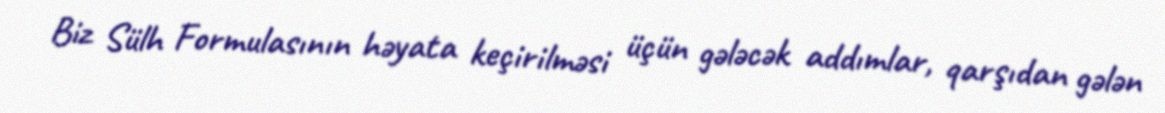
Biz Sülh Formulasının həyata keçirilməsi üçün gələcək addımlar, qarşıdan gələn